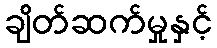
ချိတ်ဆက်မှုနှင့်